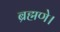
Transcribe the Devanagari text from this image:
ब्रह्मणे।